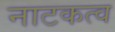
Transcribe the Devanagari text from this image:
नाटकत्व